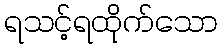
ရသင့်ရထိုက်သော